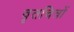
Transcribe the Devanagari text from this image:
वृतचित्रों